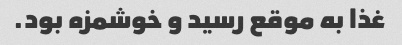
غذا به موقع رسید و خوشمزه بود.